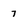
Character: 7